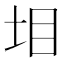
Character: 𡊟